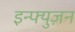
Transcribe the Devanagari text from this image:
इन्फ्युज़न